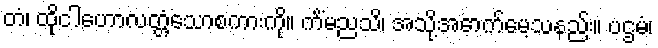
တံ၊ ထိုငါဟောလတ္တံ့သောစကားကို။ ကိံမညသိ၊ အသို့အောက်မေ့သနည်း။ ပဌမံ၊